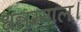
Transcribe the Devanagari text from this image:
धन्नम्माल।